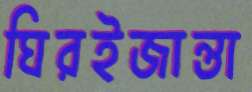
ঘিরইজান্তা